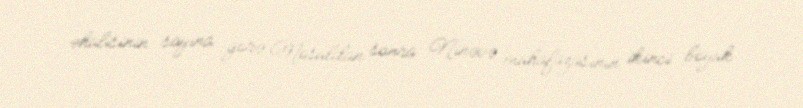
əhalisinin sayına görə Mosuldan sonra Ninəvə mühafazasının ikinci böyük